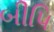
બીપિ